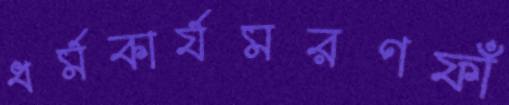
ধর্মকার্যমরণফাঁ